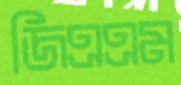
জিএএম